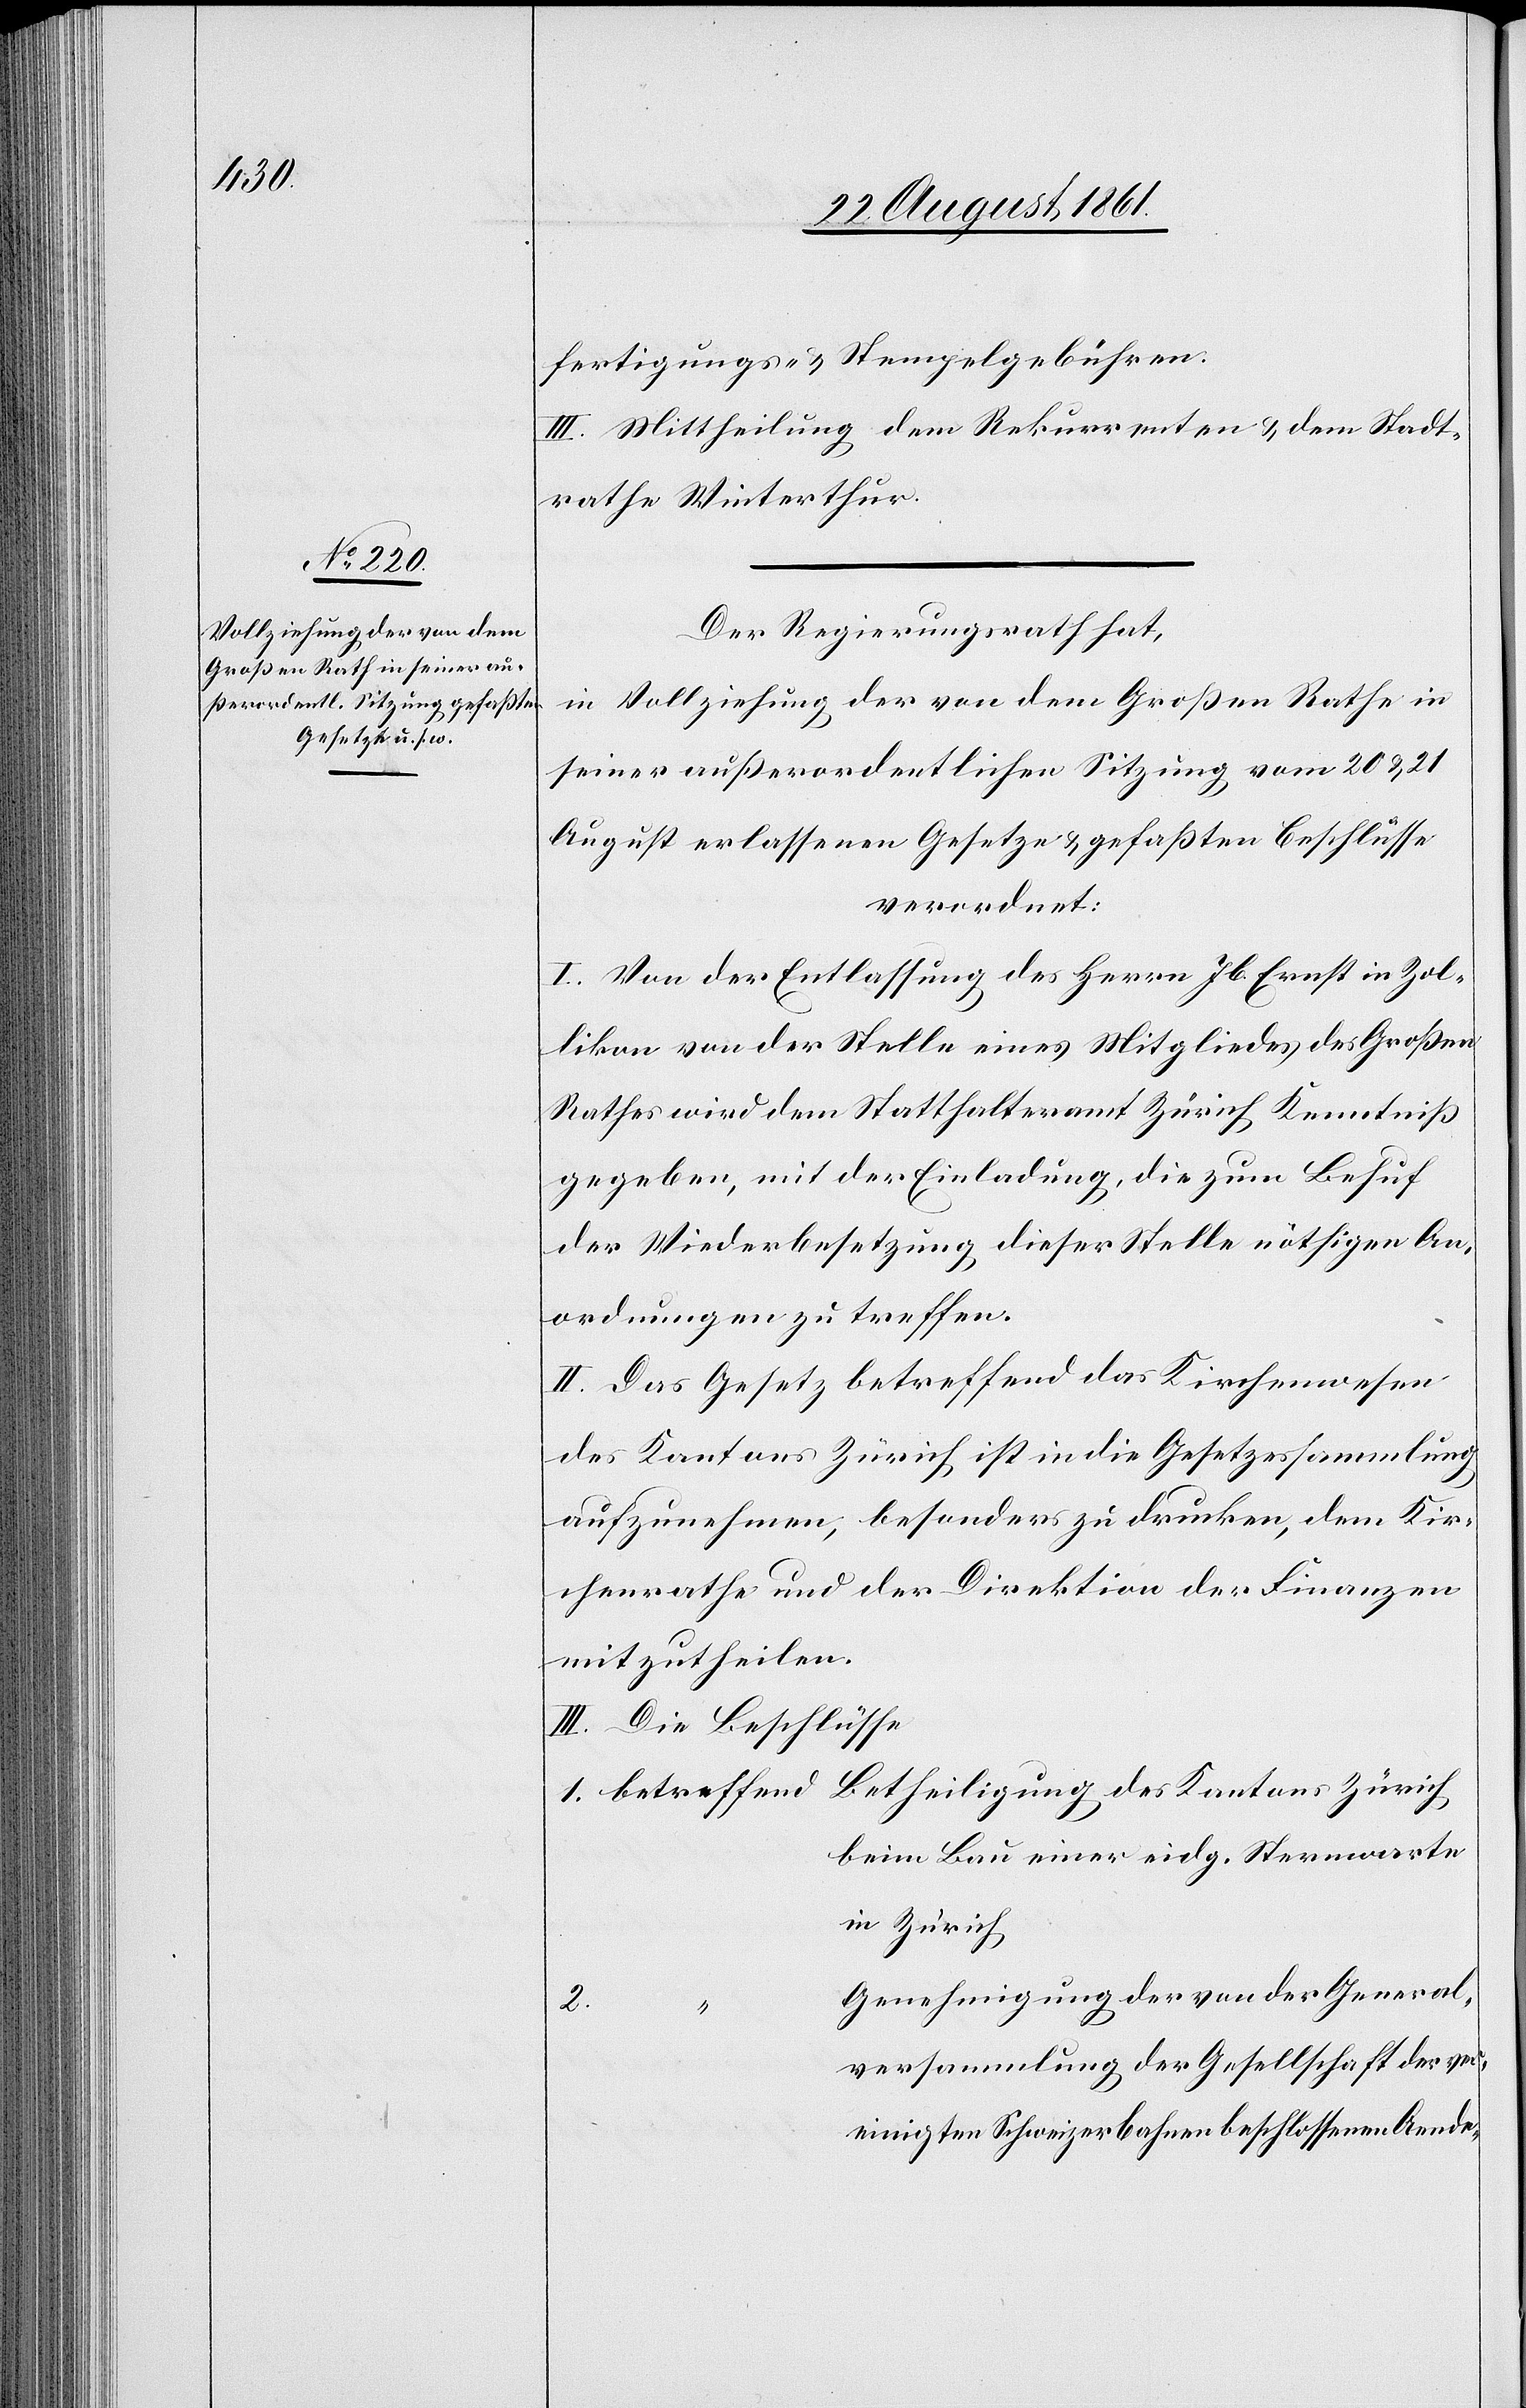
“				G¬

fertigungs- u. Stempelgebühren.
III. Mittheilung dem Rekurrenten u. dem Stadt¬
rathe Winterthur.
Der Regierungsrath hat,
in Vollziehung der von dem Großen Rathe in
seiner außerordentlichen Sitzung vom 20 u. 21
August erlassenen Gesetze u. gefaßten Beschlüsse
verordnet:
I. Von der Entlassung des Herrn Jb. Ernst in Zol¬
likon von der Stelle eines Mitgliedes des Großen
Rathes wird dem Statthalteramt Zürich Kenntniß
gegeben, mit der Einladung die zum Behuf
der Wiederbesetzung dieser Stelle nöthigen An¬
ordnungen zu treffen.
II. Das Gesetz betreffend das Kirchenwesen
des Kantons Zürich ist in die Gesetzessammlung
aufzunehmen, besonders zu drucken, dem Kir¬
chenrathe und der Direktion der Finanzen
mitzutheilen.
III. Die Beschlüsse
1. betreffend	Betheiligung des Kantons Zürich
beim Bau einer eidg. Sternwarte
in Zürich
enehmigung der von der General¬
2.
versammlung der Gesellschaft des
vereinigten Schweizerbahnen beschlossene Aende-